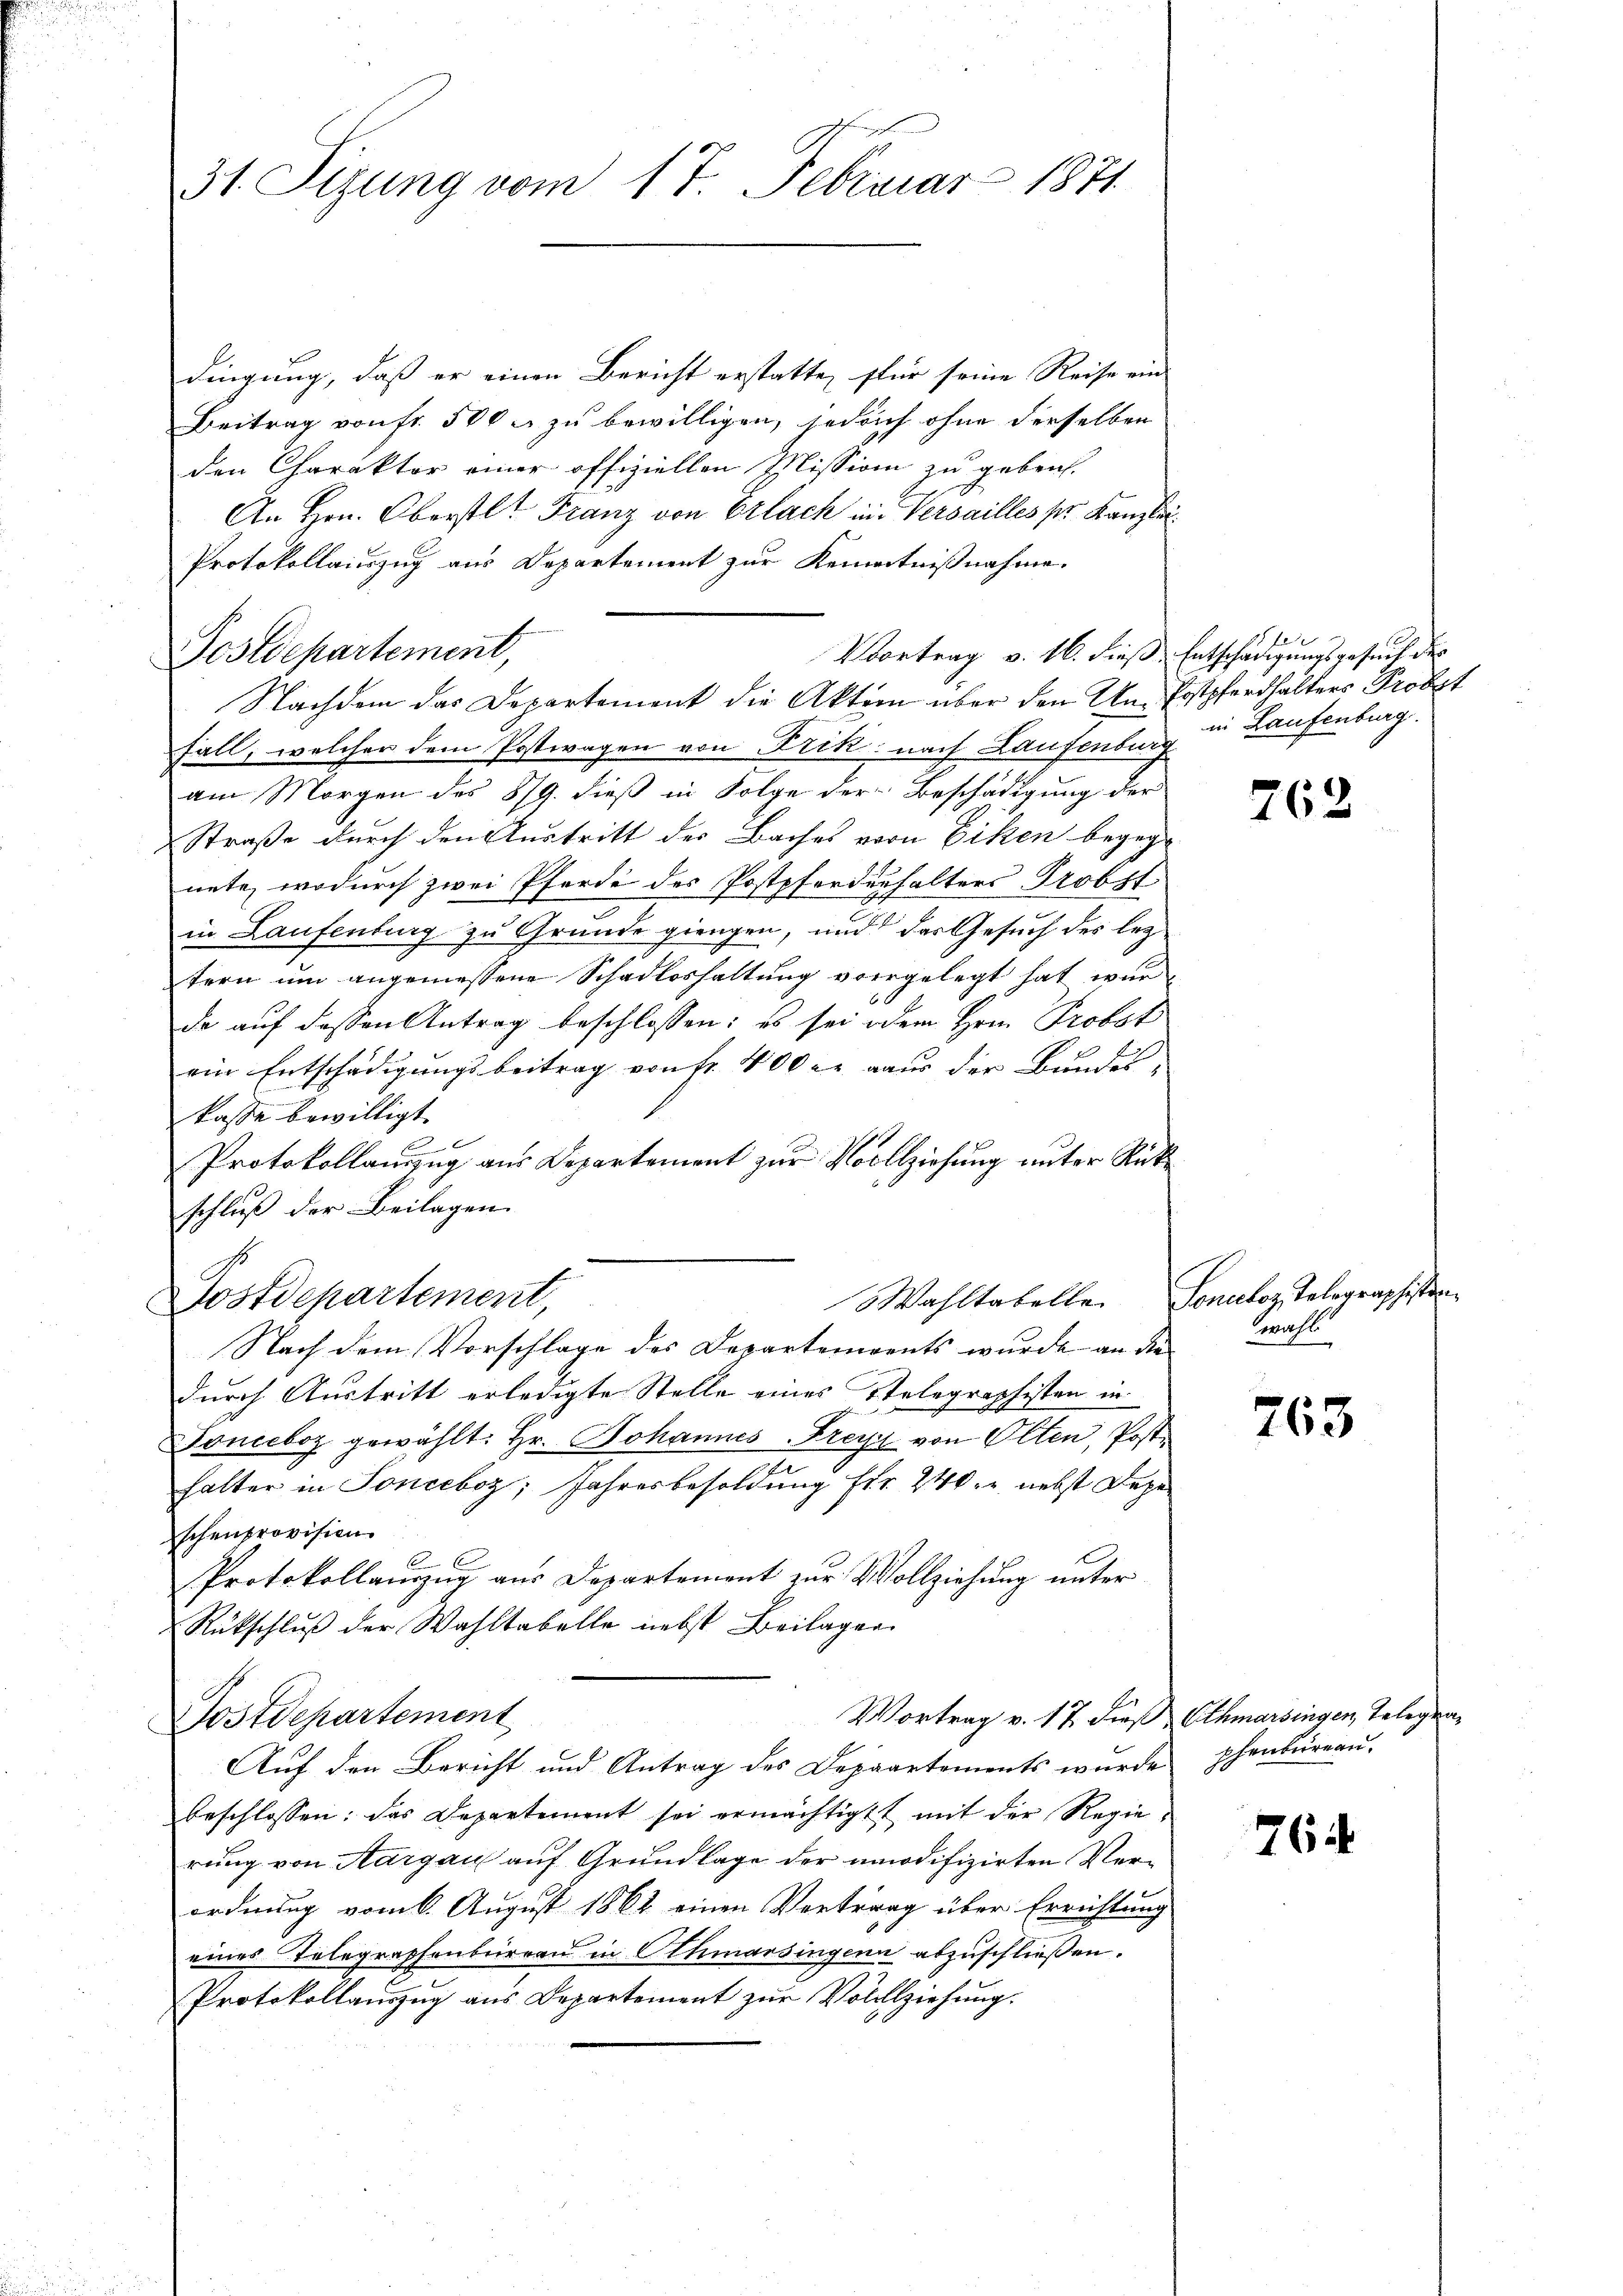
31. Sizung vom 17. Februar 1871

dingung, daß er einen Bericht erstatte, für seine Reise ein
Beitrag von fr. 500. zu bewilligen, jedoch ohne derselben
den Charakter einer offiziellen Mission zu gebrach¬
An Hrn. Oberstl. Franz von Erlach in Versailles per Kanzlei
Protokollauszug aus Departement zur Kenntnißnahme.
Postdepartement,

Vortrag v. 16. dieß, Entschädigungsgesuch der
Nachdem das Departement die Aktem über den Un-Postpferdhalters Probst

Fall, welcher dem Postwagen von Frik, nach Laufenburg
am Morgen des 879. dieß in Folge der Beschädigung der
Straße durch den Austritt des Baches von Eiken begeg-
nete, wodurch zwei Pferde des Postpforderhalters Probst
in Laufenburg zu Grunde giengen, und das Gesuch des lez
tern um angemessene Schadloshaltung vorgelegt hat wurde auf dessen Antrag beschlossen: es sei oder Hrn. Probst
ein Entschädigungsbeitrag von fr. 400 er aus der Bundes-
kasse bewilligt.
Protokollauszug aus Departement zur Vollziehung unter Rückschluß der Beilagen.
Sostdepartement,
Nach dem Vorschlage des Departements wurde an die
durch Austritt erledigte Stelle eines Telegraphisten in
Tonceboz gewählt: Hr. Johannes Frey von Olten, Post
halter in Sonceboz, Jahresbesoldung für 240. nebst Depe
schenprovision.
Protokollauszug aus Departement zur Vollziehung unter
Rückschluß der Wahltabelle nebst Beilagen
Vortrag v. 17 dieß Othmarsingen, Telegra¬
Postdepartement
Auf den Bericht und Antrag des Depaartements wurde phenbureau-
beschlossen: das Departement sei ermächtigt mit der Regierung von Aargau auf Grundlage der amodifizirten Verordnung vom 6. August 1862 einen Vertrag über Errichtung
eines Telegraphenbüreau in Athmarsingen abzuschließen.
Protokollauszug aus Departement zŭr Vollziehung.

ter
in Laufenburg.

Wahltabelle. Sonnloz, Telegraphisten.

762

wahl

763

764